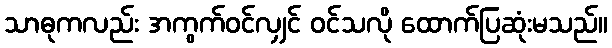
သာဓုကလည်း အကွက်ဝင်လျှင် ဝင်သလို ထောက်ပြဆုံးမသည်။